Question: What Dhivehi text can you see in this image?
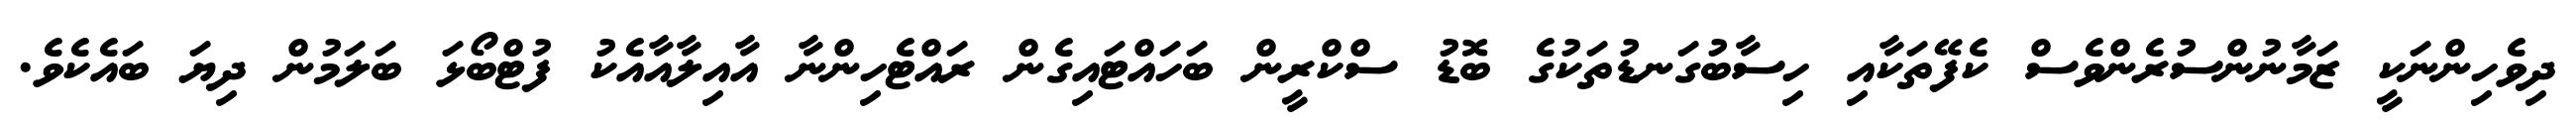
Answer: ދިވެހިންނަކީ ޒަމާނުންސުރެންވެސް ކެފޭތަކާއި ހިސާބުގަނޑުތަކުގެ ބޮޑު ސްކްރީން ބަހައްޓައިގެން ރައްޓެހިންނާ އާއިލާއާއެކު ފުޓްބޯޅަ ބަލަމުން ދިޔަ ބައެކެވެ.